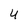
Character: 4